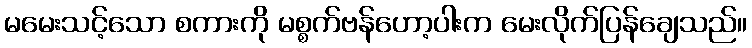
မမေးသင့်သော စကားကို မစ္စက်ဗန်ဟော့ပါးက မေးလိုက်ပြန်ချေသည်။